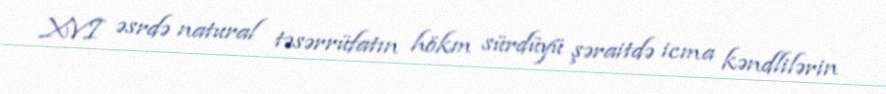
XVI əsrdə natural təsərrüfatın hökm sürdüyü şəraitdə icma kəndlilərin